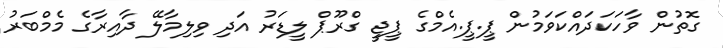
ގޮތުން ވާހަކަދައްކަވަމުން ޕީ.ޕީ.އެމްގެ ޕީޖީ ގްރޫޕް ލީޑަރު އަދި ވިލިމާލޭ ދާއިރާގެ މެމްބަރު